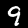
Label: 9